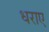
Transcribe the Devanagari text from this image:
धराए